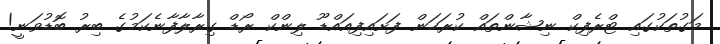
މަގުތަކުގައި ޓްރެފިކް ނިޝާންތައް ކުރަހަން ފަށައިފިއައްޑޫ ލިންކް ރޯޑް ގިރާލާފާނެކަމުގެ ބިރު ބޮޑުވަނީ!